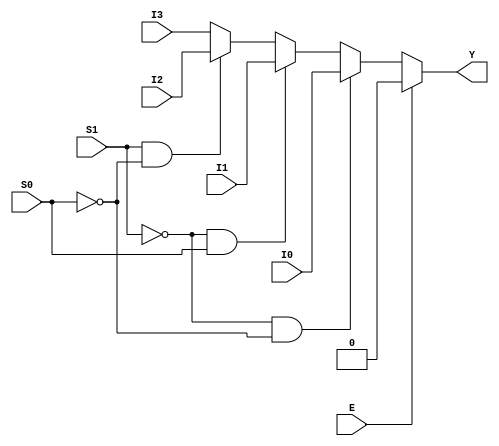
module encoder_153(E, S1, S0, I0, I1, I2, I3, Y);

	input E, S1, S0, I0, I1, I2, I3;		
	
	output Y;		

	reg Y;
	
	integer I;
	
	always@(E or S1 or S0 or I0 or I1 or I2 or I3)
		begin
			if(E == 1)
				Y = 0;
			else
				begin
					if (S1 == 0 && S0 == 0)
						Y = I0;
					else if (S1 == 0 && S0 == 1)
						Y = I1;
					else if (S1 == 1 && S0 == 0)
						Y = I2;
					else
						Y = I3;
				end
		end
endmodule